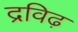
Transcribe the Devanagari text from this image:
द्रविढ़